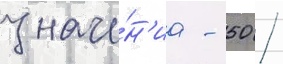
значе́н'иа - 50 /